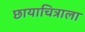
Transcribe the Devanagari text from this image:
छायाचित्राला